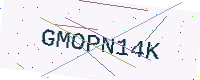
Text: GMOPN14K